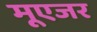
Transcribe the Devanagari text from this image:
मूएजर